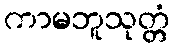
ကာမဘူသုတ္တံ